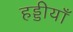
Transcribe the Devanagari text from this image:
हड्डीयाँ